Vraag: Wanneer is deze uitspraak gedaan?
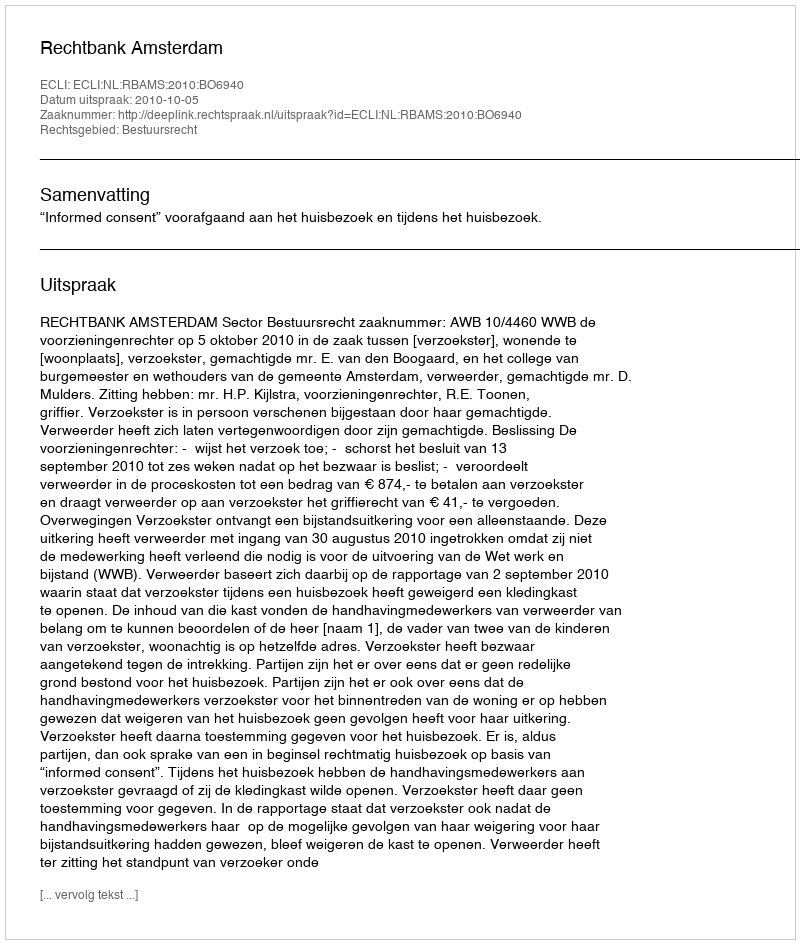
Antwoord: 2010-10-05